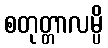
စတုတ္တာလမ္ပိ